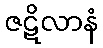
ဇဋိလာနံ